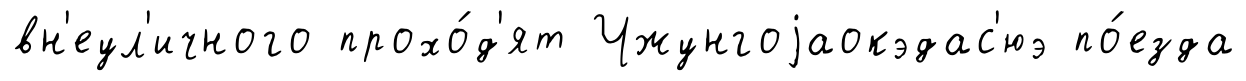
вн'еул'ичного прохо́д'ят Чжунгоjаокэдас'юэ по́езда